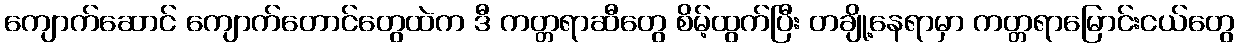
ကျောက်ဆောင် ကျောက်တောင်တွေထဲက ဒီ ကတ္တရာဆီတွေ စိမ့်ထွက်ပြီး တချို့နေရာမှာ ကတ္တရာမြောင်းငယ်တွေ